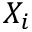
X _ { i }